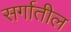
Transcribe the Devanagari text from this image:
सर्गातील